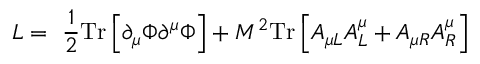
L = ~ \frac { 1 } { 2 } \mathrm { T r } \left[ \partial _ { \mu } \Phi \partial ^ { \mu } \Phi \right] + M ^ { 2 } \mathrm { T r } \left[ A _ { \mu L } A _ { L } ^ { \mu } + A _ { \mu R } A _ { R } ^ { \mu } \right] \,